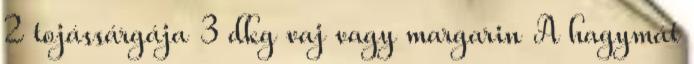
2 tojássárgája 3 dkg vaj vagy margarin A hagymát